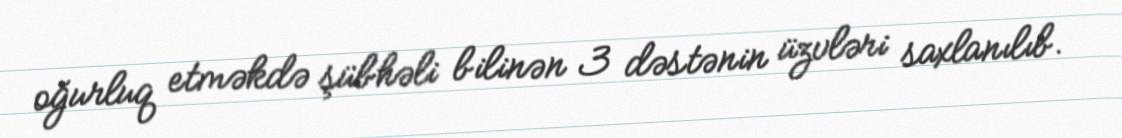
oğurluq etməkdə şübhəli bilinən 3 dəstənin üzvləri saxlanılıb.